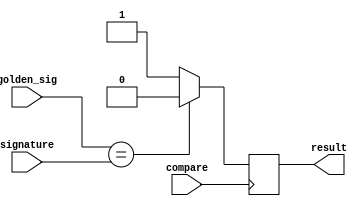
`timescale 1ns / 1ps
//////////////////////////////////////////////////////////////////////////////////
// Company: 
// Engineer: 
// 
// Design Name: 
// Module Name:    COMPARATOR_AND 
// Project Name: 
// Target Devices: 
// Tool versions: 
// Description: 
//
// Dependencies: 
//
// Revision: 
// Revision 0.01 - File Created
// Additional Comments: 
//
//////////////////////////////////////////////////////////////////////////////////
module COMPARATOR_AND(input[2:0] signature, golden_sig, 
                      input compare,
							 output reg result);

always@(posedge compare)
    begin
        if(golden_sig == signature)
            result=0;
        else
            result=1;
    end
endmodule